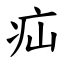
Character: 疝